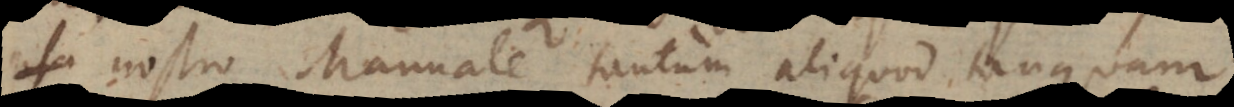
nostro Manuale tantum aliquod tanquam